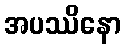
အပဿိနော